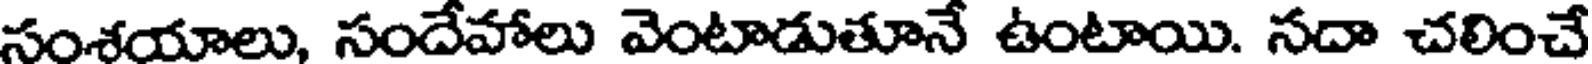
సంశయాలు, సందేహాలు వెంటాడుతూనే ఉంటాయి. సదా చలించే